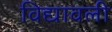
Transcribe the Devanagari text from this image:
विद्यावली